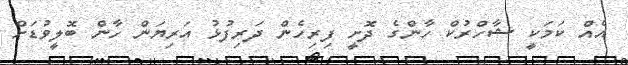
އެއް ކަމަކީ ޝާހްރުކް ހާންގެ ދޮށީ ފިރިހެން ދަރިފުޅު އަރިޔަން ހާން ބޮލީވުޑަށް